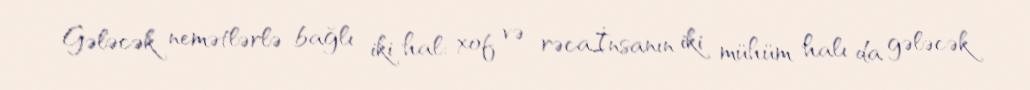
Gələcək nemətlərlə bağlı iki hal: xof və rəcaİnsanın iki mühüm halı da gələcək